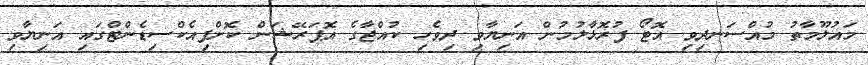
މައުލޫމާތު މުއްސަނދިވި އޮޓޯ ފުރޮޅާލުމުން އަނިޔާވި ދިވެހި ކުއްޖާގެ އޮޕަރޭޝަން ކޮށްފިއެކްސިޑެންޓްގައި އަނިޔާވި